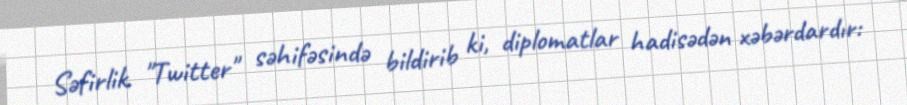
Səfirlik "Twitter" səhifəsində bildirib ki, diplomatlar hadisədən xəbərdardır: